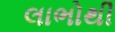
લાભોથી